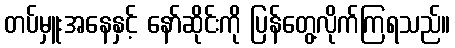
တပ်မှူးအနေနှင့် နော်ဆိုင်းကို ပြန်တွေ့လိုက်ကြရသည်။